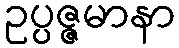
ဥပ္ပဇ္ဇမာနာ